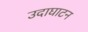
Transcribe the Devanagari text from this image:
उदाघाटन